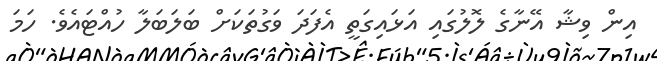
އިން ވިޝާ އޭނާގެ ލޮލުގައި އަޅައިގަތީ އެފަދަ ވަގުތަކަށް ބަލަބަލާ ހުއްޓައެވެ. ހަމަ